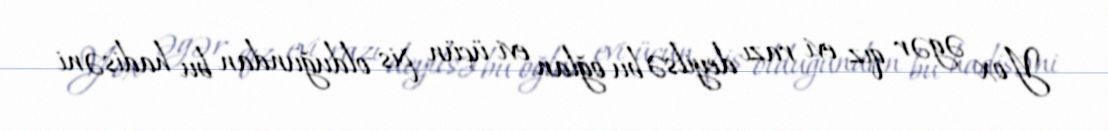
Yox əgər qız evi razı deyilsə bu oğlan evi üçün pis olduğundan bu hadisəni